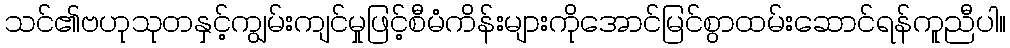
သင်၏ဗဟုသုတနှင့်ကျွမ်းကျင်မှုဖြင့်စီမံကိန်းများကိုအောင်မြင်စွာထမ်းဆောင်ရန်ကူညီပါ။